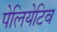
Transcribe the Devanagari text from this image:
पेलियेटिव